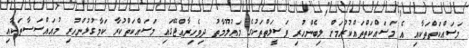
މަސައްކަތްތަކާއި އެ މަސައްކަތްތައްކުރުމަށް ލިބެންހުރި ވަސީލަތްތަކުގެ މަޢުލޫމާތު ދިވެހިރާއްޖޭގައި މަސައްކަތްކުރާ ކަމާގުޅުންހުރި މުއައްސަސާތަކާއި